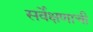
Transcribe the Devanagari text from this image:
सर्वेक्षणाची